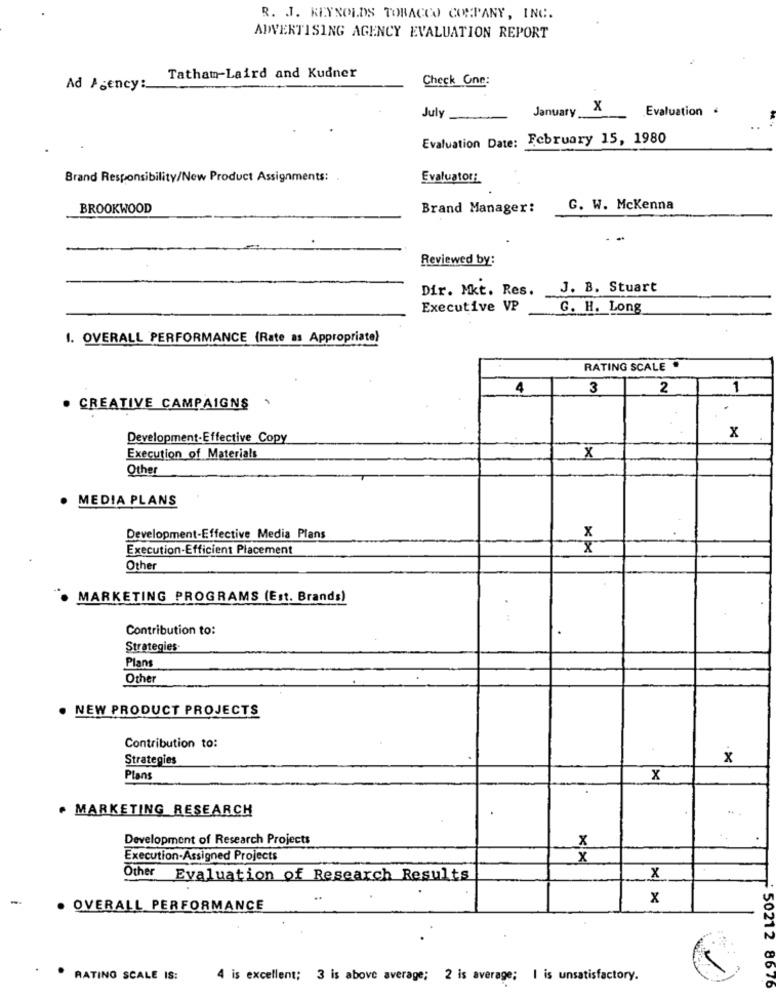
R. J. REYNOLDS TOBACCO COMPANY, INC.
ADVERTISING AGENCY EVALUATION REPORT
Tatham-Laird and Kudner
Check One:
Ad Agency :_
January
x
Evaluation .
July
Evaluation Date: February 15, 1980
Brand Responsibility/New Product Assignments:
Evaluator:
BROOKWOOD
Brand Manager:
G. W. Mckenna
Reviewed by:
Dir. Mkt. Res.
J. B. Stuart
Executive VP
G. H. Long
1. OVERALL PERFORMANCE (Rate as Appropriate)
RATING SCALE .
4
3
2
1
. CREATIVE CAMPAIGNS
Development-Effective Copy
x
Execution of Materials
X
Other
MEDIA PLANS
Development-Effective Media Plans
x
Execution-Efficient Placement
x
Other
MARKETING PROGRAMS (Est. Brands)
:
Contribution to:
Strategies-
Plans
Other
. NEW PRODUCT PROJECTS
Contribution to:
Strategies
x
Plans
x
· MARKETING RESEARCH
Development of Research Projects
x
Execution-Assigned Projects
x
Other
Evaluation of Research Results
x
-
x
OVERALL PERFORMANCE
RATING SCALE IS:
4 is excellent; 3 is above average; 2 is average; I is unsatisfactory.
50212 8676